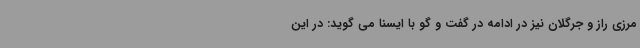
مرزی راز و جرگلان نیز در ادامه در گفت و گو با ایسنا می گوید: در این